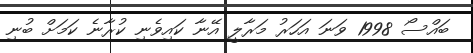
ބައްސޯ 1998 ވަނަ އަހަރު މަރާލީ އޭނާ ކައިވެނި ކުރާނެ ކަމަށް ބުނި